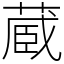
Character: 蔵